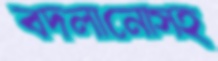
বদলানোসহ